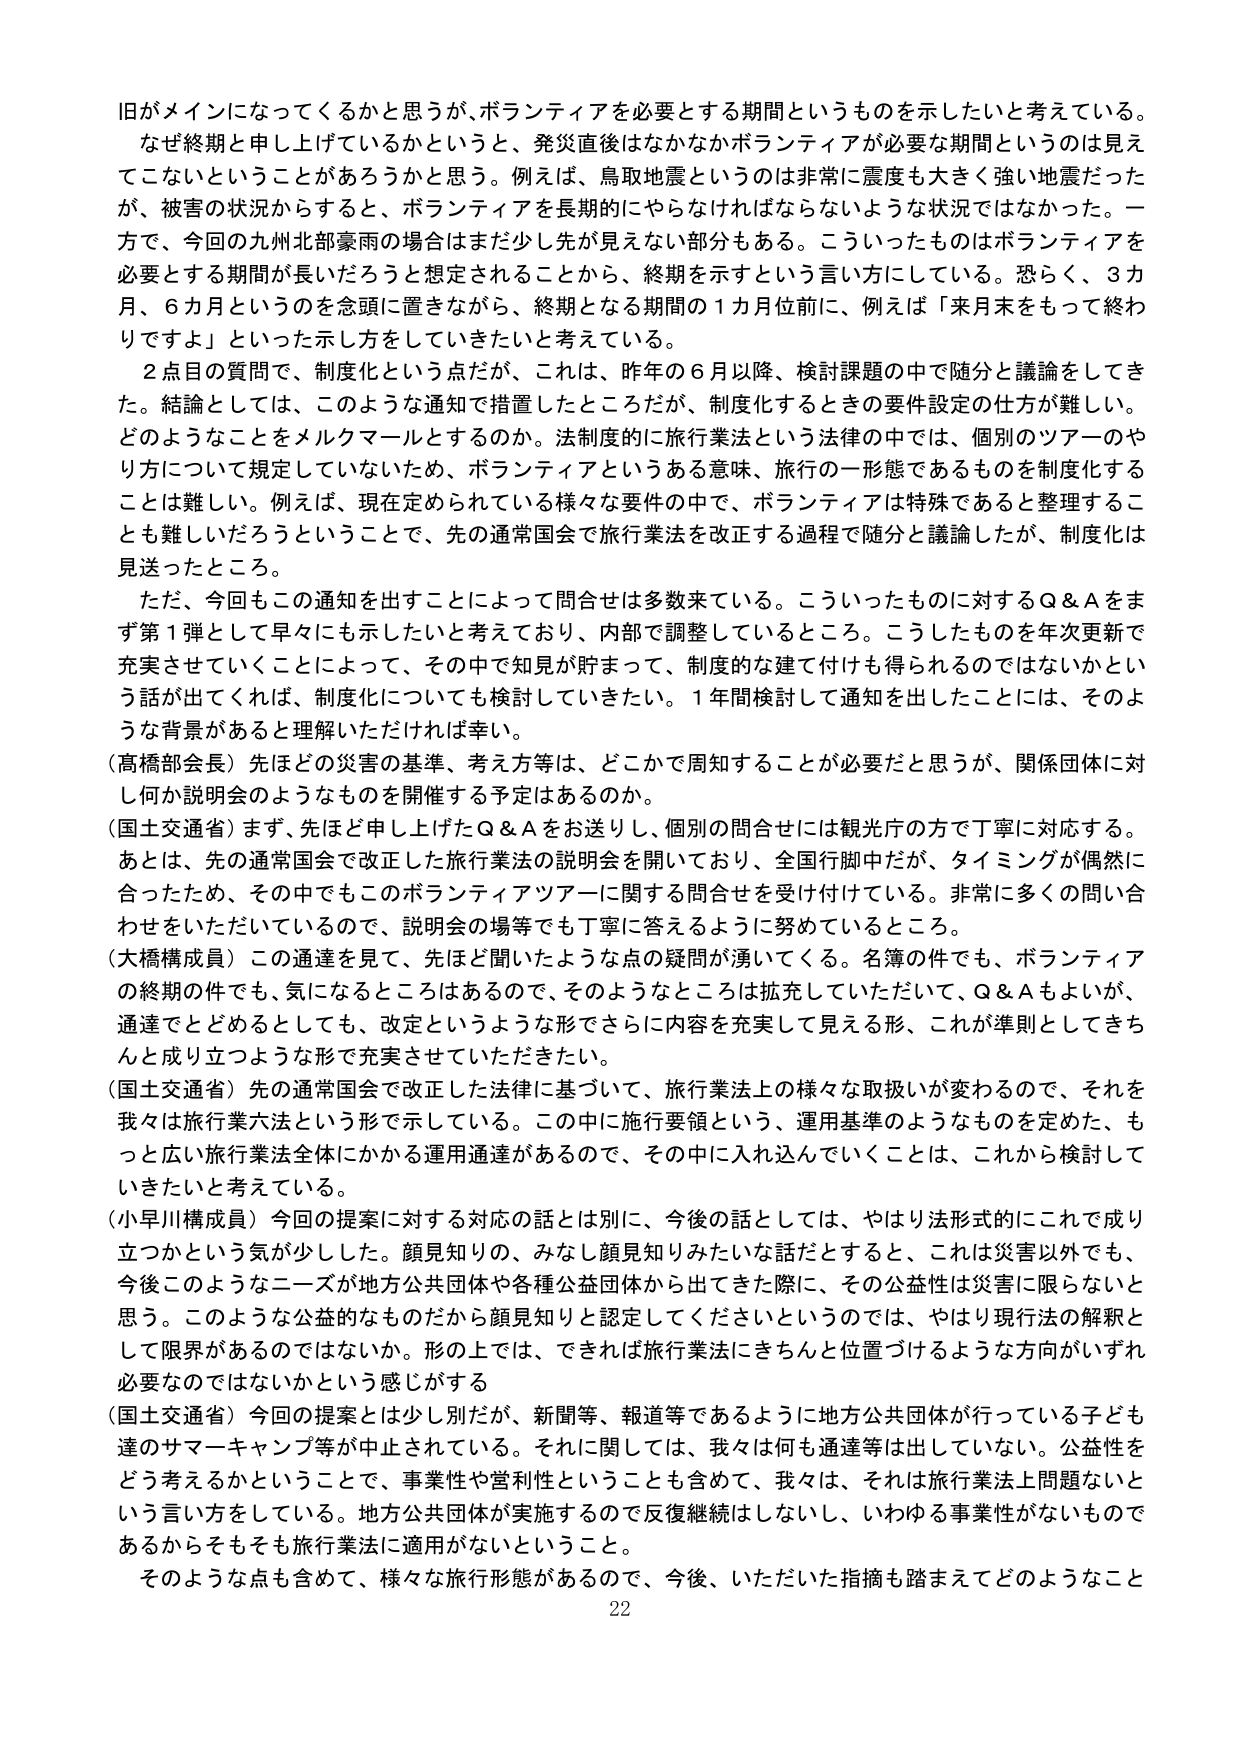
旧がメインになってくるかと思うが、ボランティアを必要とする期間というものを示したいと考えている。
なぜ終期と申し上げているかというと、発災直後はなかなかボランティアが必要な期間というのは見え
てこないということがあるろうかと思う。例えば、鳥取地震というのは非常に震度も大きく強い地震だった
が、被害の状況からすると、ボランティアを長期的にやらなければならないような状況ではなかった。一
方で、今回の九州北部豪雨の場合はまだ少し先が見えない部分もある。こういったものはボランティアを
必要とする期間が長いだろうと想定されることから、終期を示すという言い方にしていている。恐らく、3カ
月、6カ月というのを念頭に置きながら、終期となる期間の1カ月位前に、例えば「来月末をもって終わ
りですよ」といった示し方をしていきたいと考えている。

2点目の質問で、制度化という点だが、これは、昨年の6月以降、検討課題の中で随分と議論をしてき
た。結論としては、このような通知で措置したところだが、制度化するときの要件設定の仕方が難しい。
どのようなことをメルクマールとするのか。法制度的に旅行業法という法律の中では、個別のツアーのや
り方について規定していないため、ボランティアというある意味、旅行の一形態であるものを制度化する
ことは難しい。例えば、現在定められている様々な要件の中で、ボランティアは特殊であると整理するこ
とも難しいだろうということで、先の通常国会で旅行業法を改正する過程で随分と議論したが、制度化は
見送ったところ。

ただ、今回もこの通知を出すことによって問合せは多数来ている。こういったものに対するQ＆Aをま
ず第1弾として早々にも示したいと考えており、内部で調整しているところ。こうしたものを年次更新で
充実させていくことによって、その中で知見が貯まって、制度的な建て付けも得られるのではないかとい
う話が出てくれば、制度化についても検討していきたい。1年間検討して通知を出したことは、そのよ
うな背景があると理解いただければ幸い。

（高橋部会長）先ほどの災害の基準、考え方等は、どこかで周知することが必要だと思うが、関係団体に対
し何か説明会のようなものを開催する予定はあるのか。

（国土交通省）まず、先ほど申し上げたQ＆Aをお送りし、個別の問合せには観光庁の方で丁寧に対応する。
あとは、先の通常国会で改正した旅行業法の説明会を開いており、全国行脚中だが、タイミングが偶然に
合ったため、その中でもこのボランティアツアーに関する問合せを受け付けている。非常に多くの問い合
わせをいただいているので、説明会の場等でも丁寧に答えるように努めているところ。

（大橋構成員）この通達を見て、先ほど聞いたような点の疑問が湧いてくる。名簿の件でも、ボランティア
の終期の件でも、気になるところはあるので、そのようなところは拡充していただいて、Q＆Aもよいが、
通達でとどめるとしても、改定というような形でさらに内容を充実して見える形、これが準則としてきち
んと成り立つような形で充実していただきたい。

（国土交通省）先の通常国会で改正した法律に基づいて、旅行業法上の様々な取扱いが変わるので、それを
我々は旅行業六法という形で示している。この中に施行要領という、運用基準のようなものを定めた、も
っと広い旅行業法全体にかかる運用通達があるので、その中に入れ込んでいくことは、これから検討して
いきたいと考えている。

（小早川構成員）今回の提案に対する対応の話とは別に、今後の話としては、やはり法形式的にこれで成り
立つかという気が少しだした。顔見知りの、みなし顔見知りみたいな話だとすると、これは災害以外でも、
今後このようなニーズが地方公共団体や各種公益団体から出てきた際に、その公益性は災害に限らないと
思う。このような公益的なものだから顔見知りと認定してくださいというのでは、やはり現行法の解釈と
して限界があるのではないか。形の上では、できれば旅行業法にきちんと位置づけるような方向がいずれ
必要なのではないかという感じがする

（国土交通省）今回の提案とは少し別だが、新聞等、報道等であるように地方公共団体が行っている子ども
達のサマーキャンプ等が中止されている。それに関しては、我々は何も通達等は出していない。公益性を
どう考えるかということで、事業性や営利性ということも含めて、我々は、それは旅行業法上問題ないと
いう言い方をしている。地方公共団体が実施するので反復継続はしないし、いわゆる事業性がないもので
あるからそもそも旅行業法に適用がないということ。

そのような点も含めて、様々な旅行形態があるので、今後、いただいた指摘も踏まえてどのようなこと

22